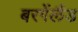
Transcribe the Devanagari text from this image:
बरगेंलैंड